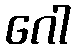
ဂေါ